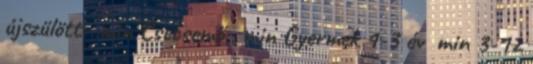
újszülött: min Csecsemő: min Gyermek 1-3 év min 3-12